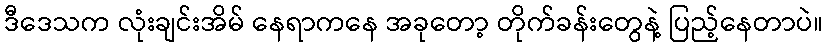
ဒီဒေသက လုံးချင်းအိမ် နေရာကနေ အခုတော့ တိုက်ခန်းတွေနဲ့ ပြည့်နေတာပဲ။